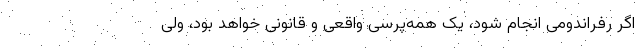
اگر رفراندومی انجام شود، یک همه‌پرسی واقعی و قانونی خواهد بود، ولی